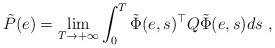
LaTeX: \begin{align*}\tilde P(e) = \lim_{T\rightarrow +\infty } \int_0^T \tilde\Phi(e,s)^\top Q \tilde \Phi(e,s) ds\ ,\end{align*}